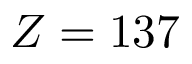
Z = 1 3 7